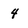
Character: 4